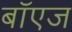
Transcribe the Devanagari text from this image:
बॉएज